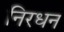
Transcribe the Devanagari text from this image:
निरधन